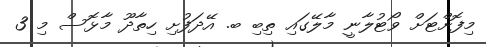
މިފޮށްޓަށް ވޯޓުލާނީ މާލޭގައި ތިބި ބ. އޭދަފުށި ހިތާދޫ މާޅޮސް މި 3